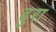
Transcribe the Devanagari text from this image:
ढुरा